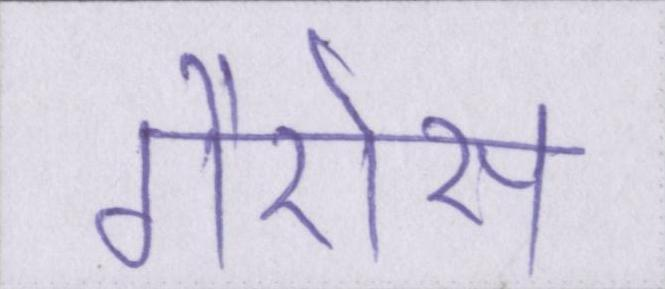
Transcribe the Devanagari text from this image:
गैरोस